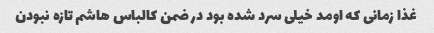
غذا زمانی که اومد خیلی سرد شده بود در ضمن کالباس هاشم تازه نبودن